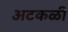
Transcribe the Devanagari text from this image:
अटकळी